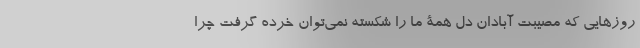
روزهایی که مصیبت آبادان دل همۀ ما را شکسته نمی‌توان خرده گرفت چرا